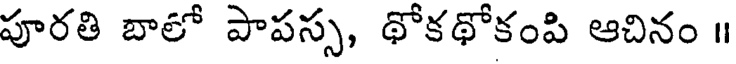
పూరతి బాలో పాపస్స, థోకథోకంపి ఆచినం ॥